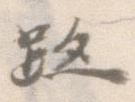
跡